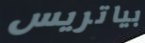
بياتريس